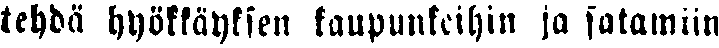
tehdä hyökkäyksen kaupunkeihin ja satamiin